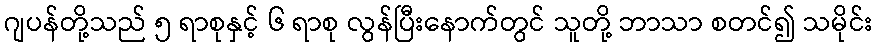
ဂျပန်တို့သည် ၅ ရာစုနှင့် ၆ ရာစု လွန်ပြီးနောက်တွင် သူတို့ ဘာသာ စတင်၍ သမိုင်း